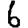
Digit: 6